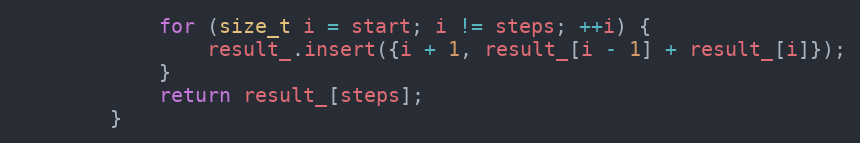
Language: C++
            for (size_t i = start; i != steps; ++i) {
                result_.insert({i + 1, result_[i - 1] + result_[i]});
            }
            return result_[steps];
        }